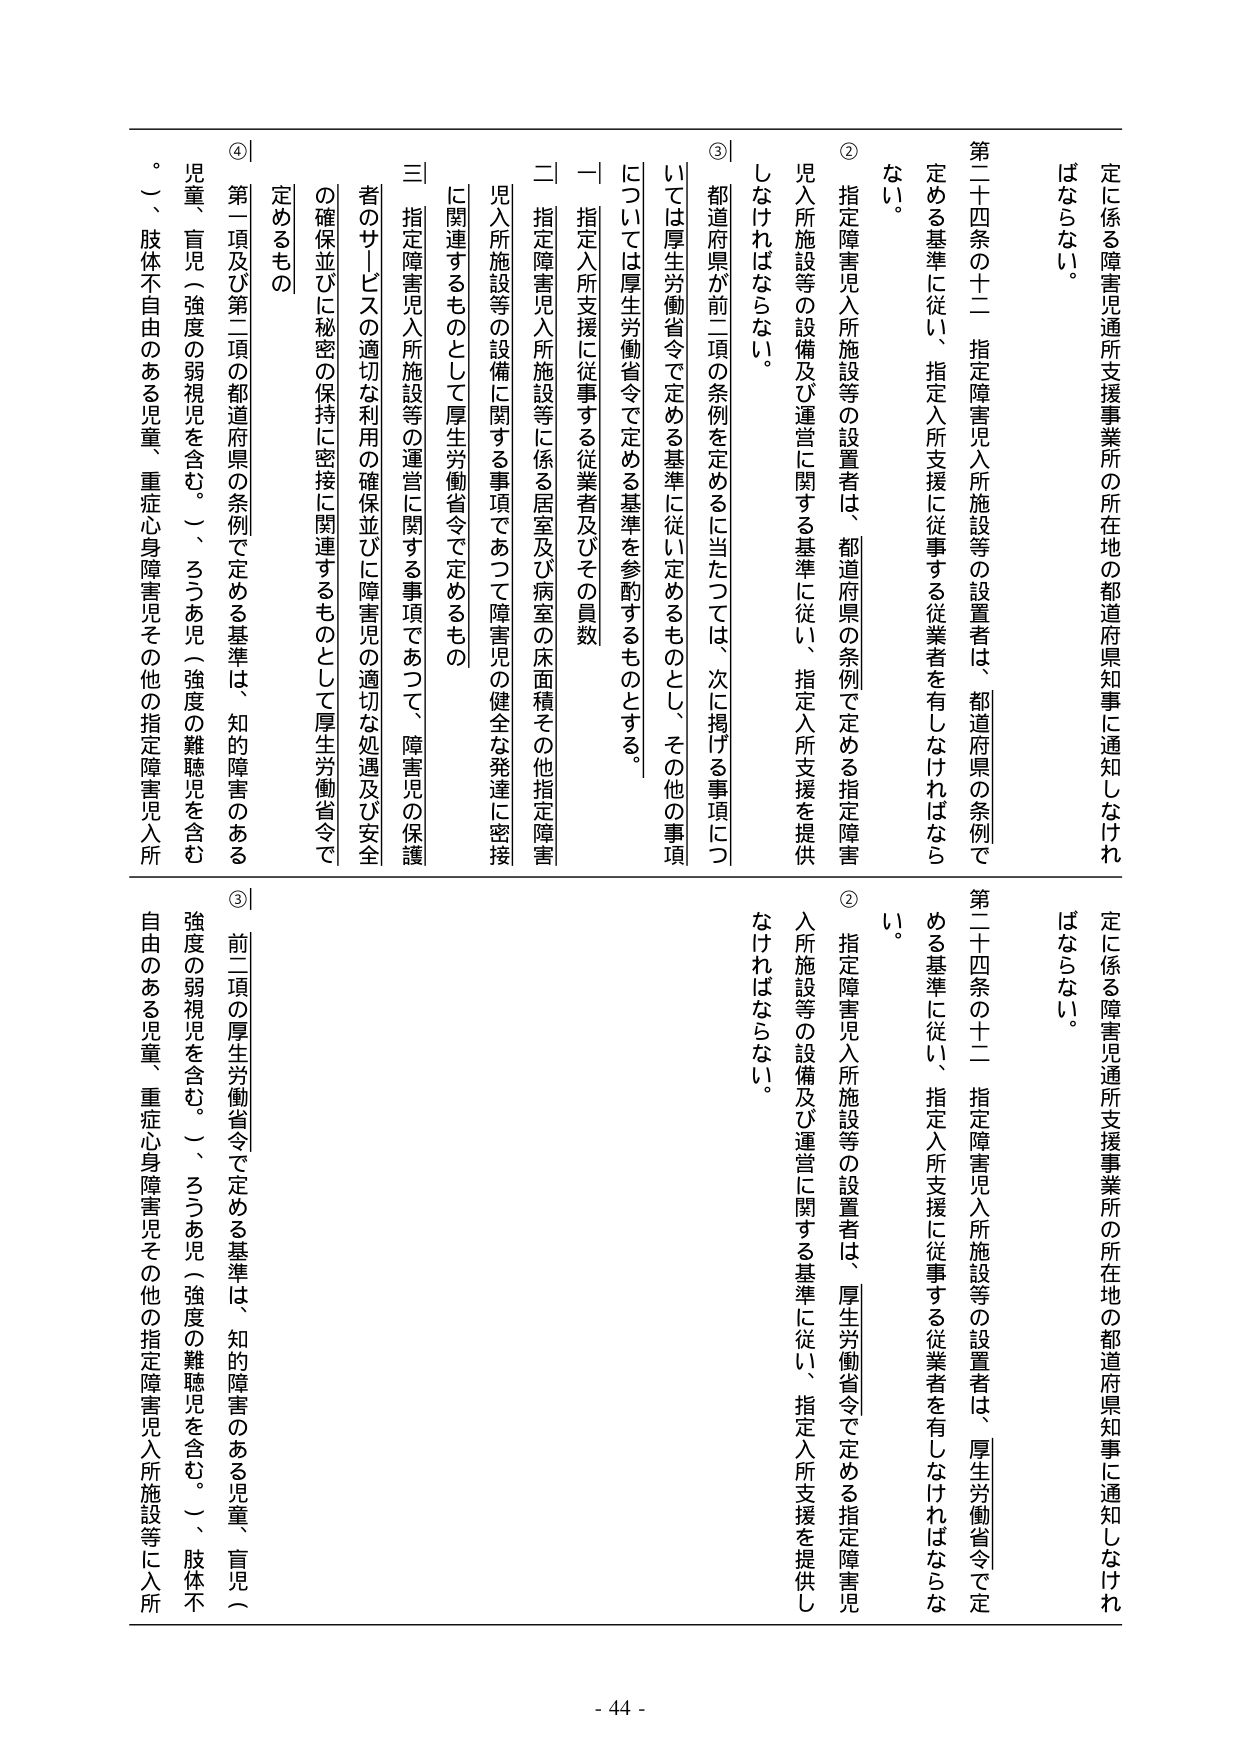
定に係る障害児通所支援事業所の所在地の都道府県知事に通知しなければならない。

第二十四条の十二 指定障害児入所施設等の設置者は、都道府県の条例で定める基準に従い、指定入所支援に従事する従業者を有しなければならない。

② 指定障害児入所施設等の設置者は、都道府県の条例で定める指定障害児入所施設等の設備及び運営に関する基準に従い、指定入所支援を提供しなければならない。

③ 都道府県が前二項の条例を定めるに当たっては、次に掲げる事項については厚生労働省令で定める基準に従い定めるものとし、その他の事項については厚生労働省令で定める基準を参酌するものとする。

一 指定入所支援に従事する従業者及びその員数

二 指定障害児入所施設等に係る居室及び病室の床面積その他指定障害児入所施設等の設備に関する事項であつて障害児の健全な発達に密接に関連するものとして厚生労働省令で定めるもの

三 指定障害児入所施設等の運営に関する事項であつて、障害児の保護者のサービスの適切な利用の確保並びに障害児の適切な処遇及び安全の確保並びに秘密の保持に密接に関連するものとして厚生労働省令で定めるもの

④ 第一項及び第二項の都道府県の条例で定める基準は、知的障害のある児童、盲児（強度の弱視児を含む。）、ろうあ児（強度の難聴児を含む。）、肢体不自由のある児童、重症心身障害児その他の指定障害児入所

定に係る障害児通所支援事業所の所在地の都道府県知事に通知しなければならない。

第二十四条の十二 指定障害児入所施設等の設置者は、厚生労働省令で定める基準に従い、指定入所支援に従事する従業者を有しなければならない。

② 指定障害児入所施設等の設置者は、厚生労働省令で定める指定障害児入所施設等の設備及び運営に関する基準に従い、指定入所支援を提供しなければならない。

③ 前二項の厚生労働省令で定める基準は、知的障害のある児童、盲児（強度の弱視児を含む。）、ろうあ児（強度の難聴児を含む。）、肢体不自由のある児童、重症心身障害児その他の指定障害児入所施設等に入所

- 44 -